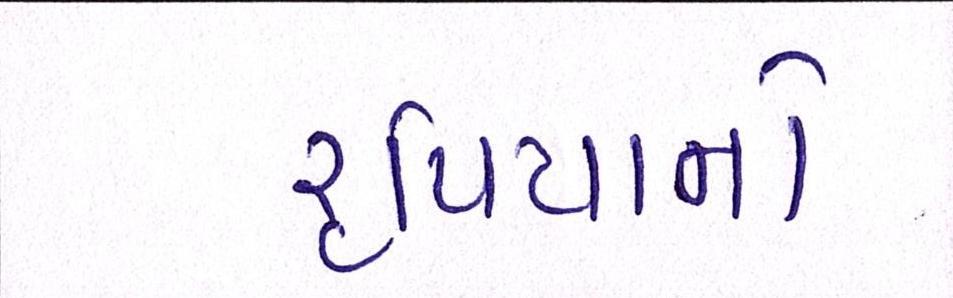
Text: રૃપિયાનો